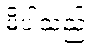
မိပါသည်။